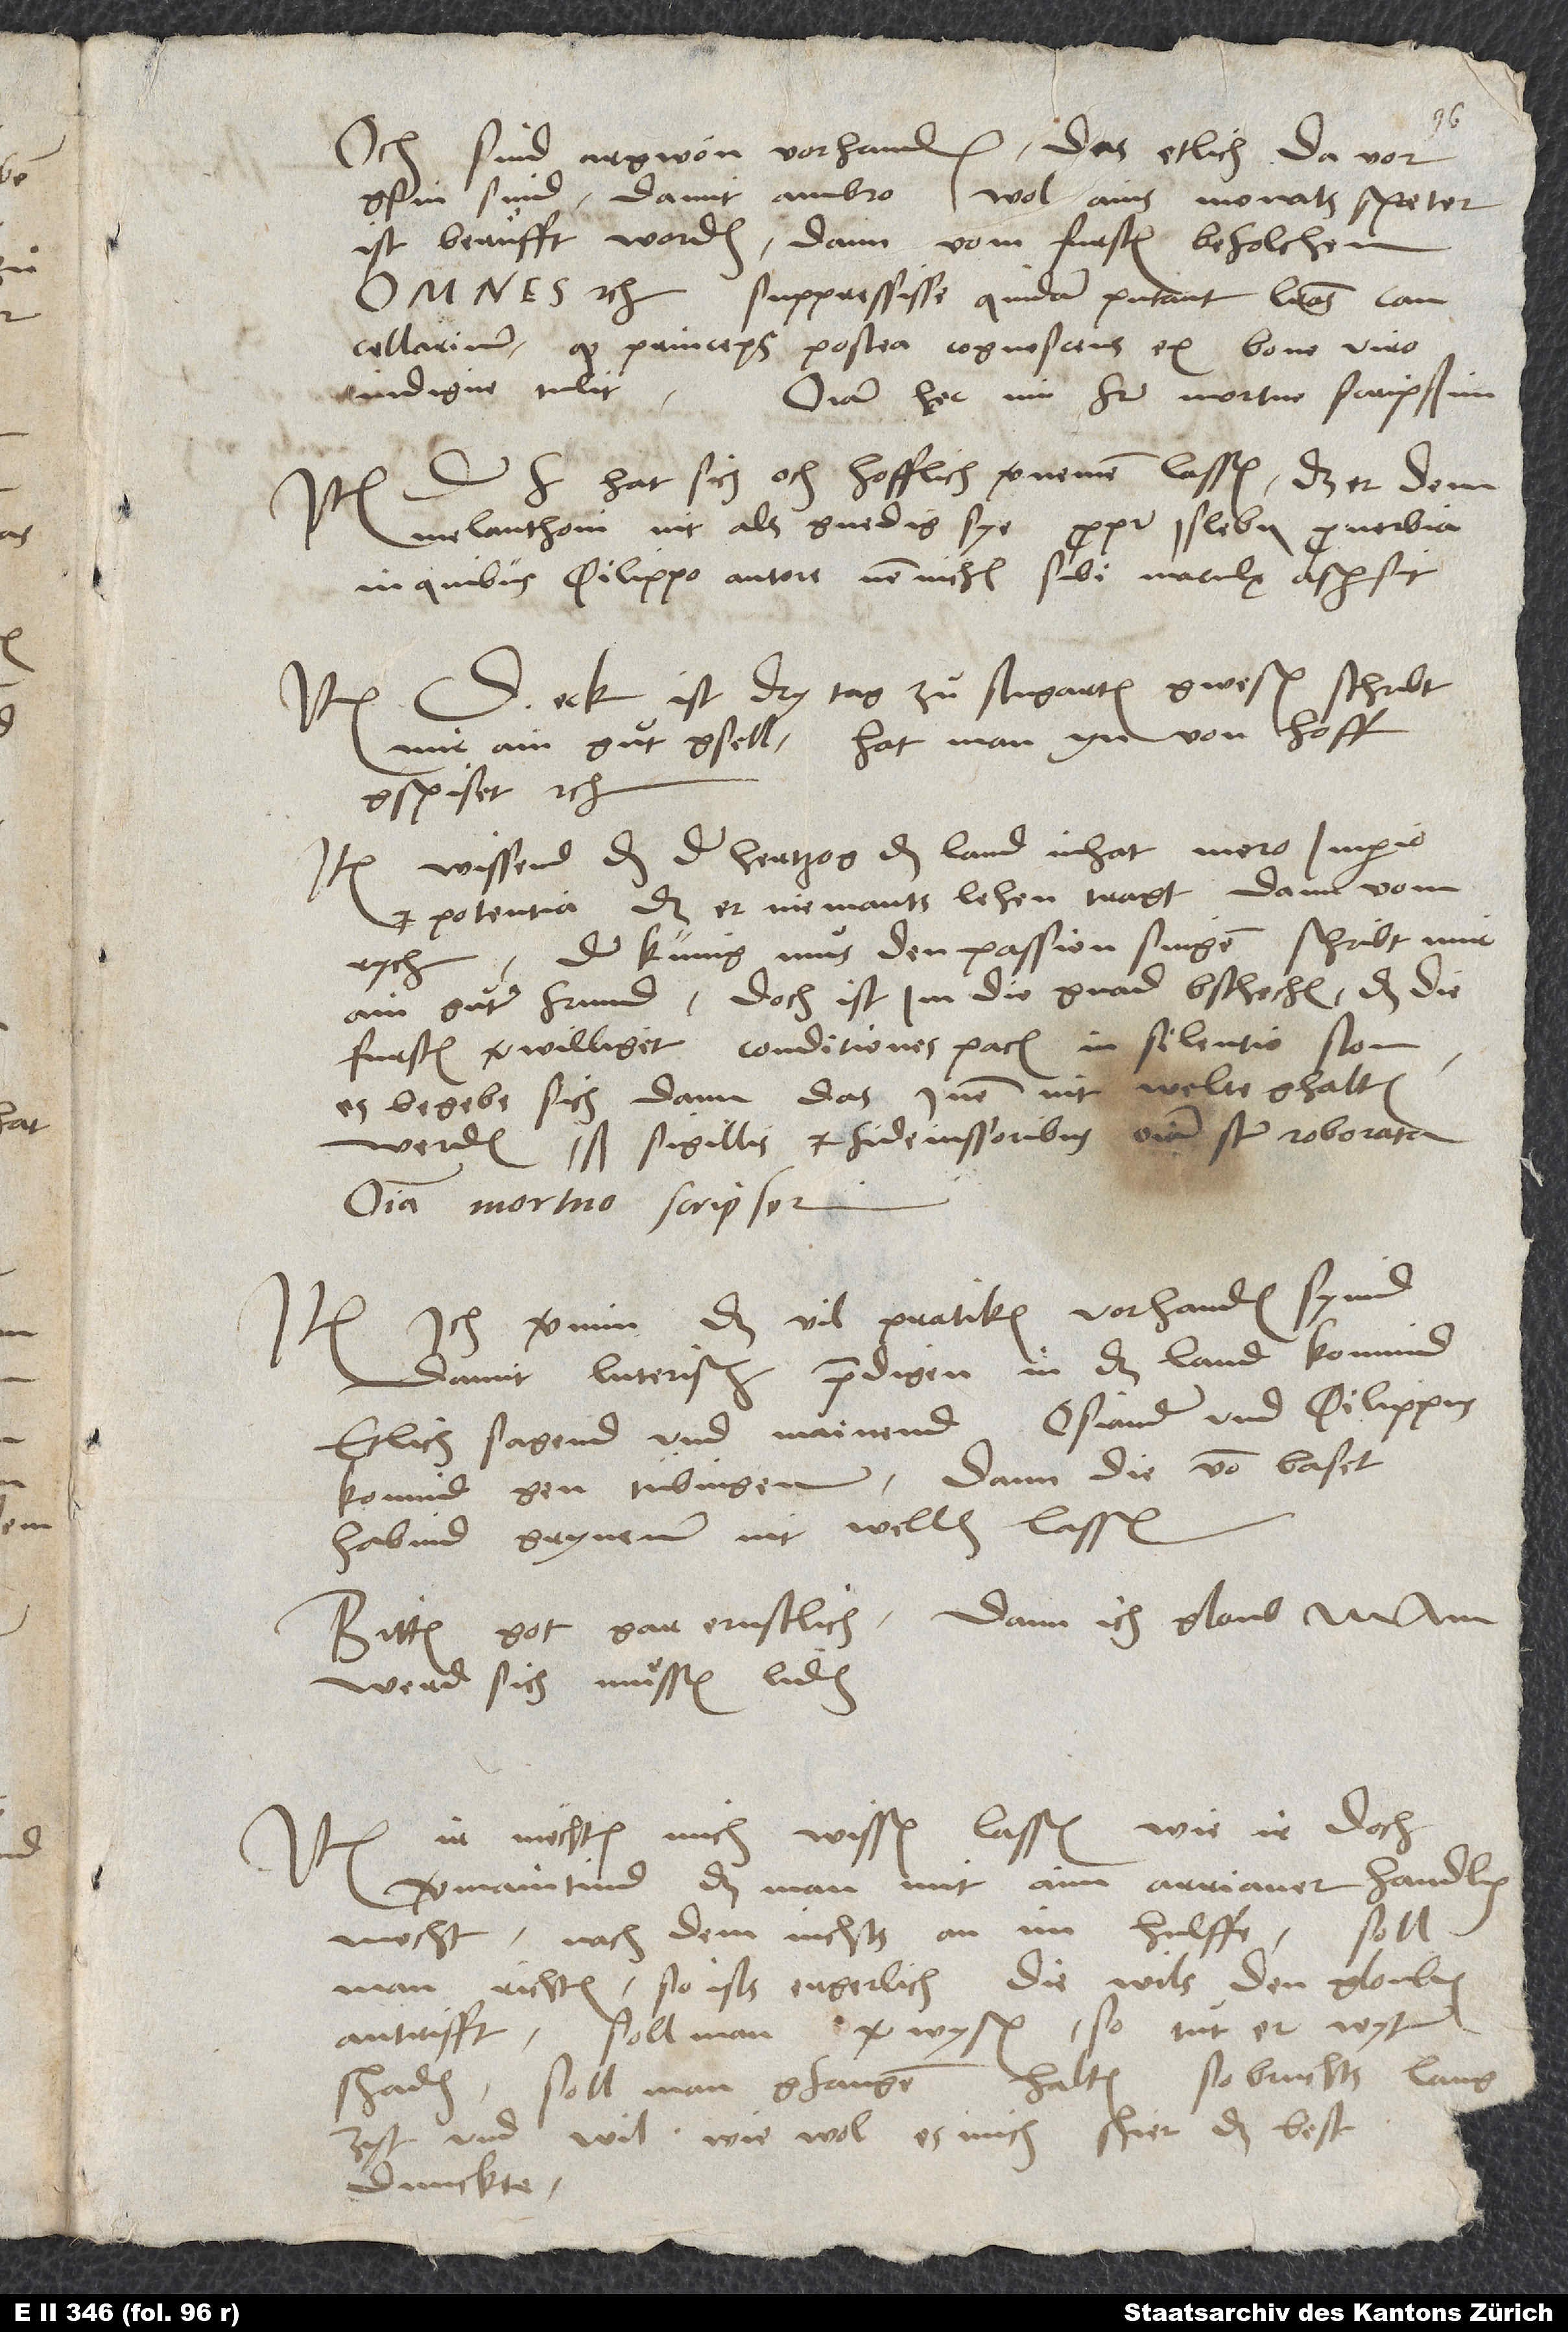
ist beruͤfft worden, dann vom fursten befolchen.
«Omnes etc. Suppressisse quidam putant literas
cancellarium, quod princeps postea cognoscens ex bono viro
indigne tulit.»
Omnia hęc, mi frater, mortuo scripsim.
hat sich och hofflich vernemen lassen, das er dem
Melanthoni nit als gnedig sye «propter Islebii proverbia,
in quibus Philippo autore nonnichil sibi maculae aspersit».
D. Eck ist dry tag zuͦ Stugarten gwesen, schribt
Item
mir ain guͦt gsell; hat man yn von hoff
gspiset etc.
Item, wissend, das der hertzog das land inhat mero imperio
et potentia, das er niemants lehen tragt, dann vom
rych. Der künig muͦs den passion singen, schribt mir
ain guͦter frund. Doch ist im die gnad bschechen, das die
es begebe sich dann, das inen nit welte ghalten
Omnia mortuo scripserim.
ich vernim, das vil pratiken vorhanden syind,
damit luterisch predigen in das land komind.
Etlich sagend und mainend, Osiander und Philippus
komind gen Tübingen; dann die von Basel
habind Gryneum nit wellen lassen.
Bitten gott gar ernstlich; dann ich gloub, M.
werd sich muͤssen liden.
ir möchten mich wissen lassen, wie ir doch
vermaintind, das man mit aim Arrianer handlen
mocht, nachdem nichts an im hulffe. Soll
man richten, so ists ergerlich, diewils den glouben
antrifft; soll man verwysen, so tuͦt er wyter
schaden; soll man gfangen halten, so bruchts lang
zyt und wil, wiewol es mich schier das best
dunckte.